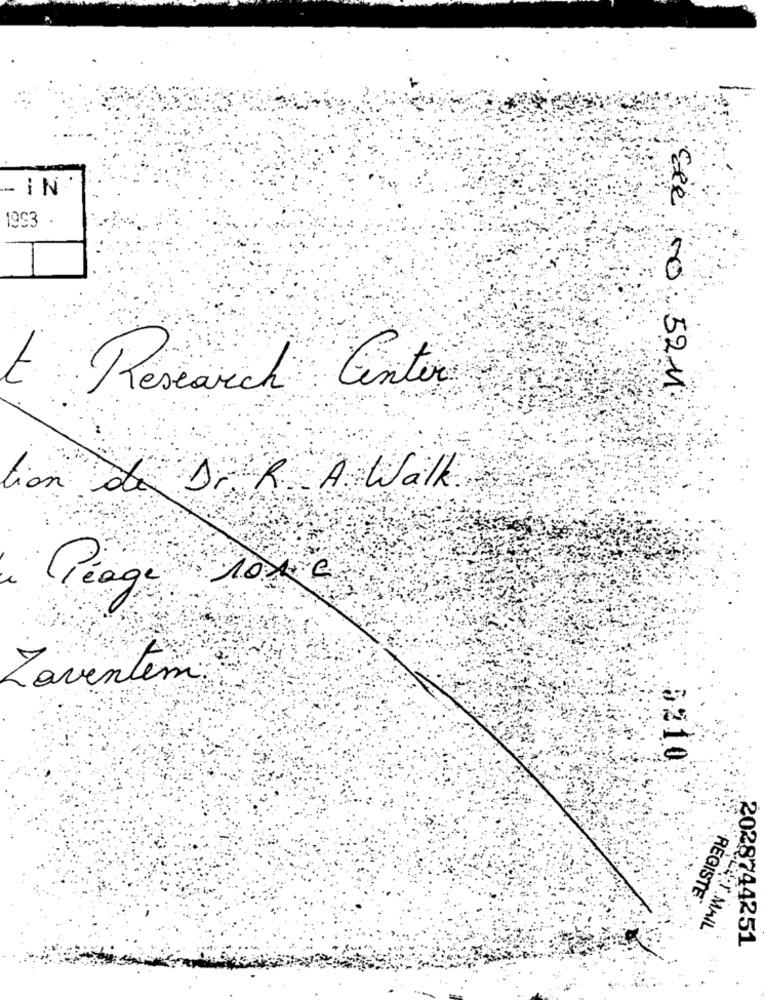
IN
1993
t
Ele 00 52M
Research Center
tion de Dr R. A. Walk
1010
Péage
Zaventem.
-
5210
REGISTE
PER MAIL
2028744251